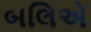
બલિએ